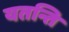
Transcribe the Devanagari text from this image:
यतन्ति